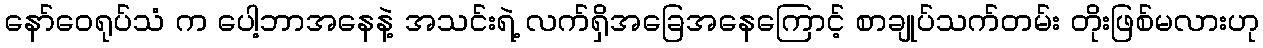
နော်ဝေရုပ်သံ က ပေါ့ဘာအနေနဲ့ အသင်းရဲ့ လက်ရှိအခြေအနေကြောင့် စာချုပ်သက်တမ်း တိုးဖြစ်မလားဟု